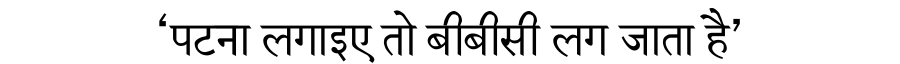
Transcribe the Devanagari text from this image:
‘पटना लगाइए तो बीबीसी लग जाता है’